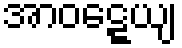
အာဝဋ္ဋေယျ